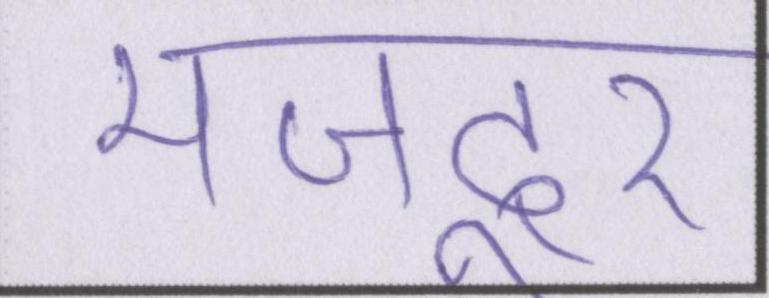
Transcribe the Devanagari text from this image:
मज़दूर